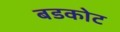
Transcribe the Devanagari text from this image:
बडकोट